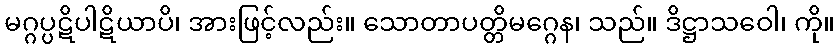
မဂ္ဂပ္ပဋိပါဋိယာပိ၊ အားဖြင့်လည်း။ သောတာပတ္တိမဂ္ဂေန၊ သည်။ ဒိဋ္ဌာသဝေါ၊ ကို။